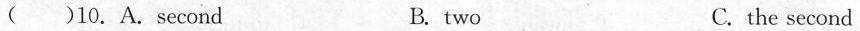
( )10.A.Second B. two C.the second